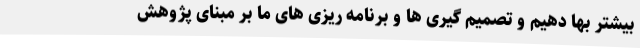
بیشتر بها دهیم و تصمیم گیری ها و برنامه ریزی های ما بر مبنای پژوهش